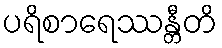
ပရိစာရေဿန္တီတိ